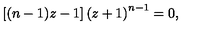
\left[ ( n - 1 ) z - 1 \right] \left( z + 1 \right) ^ { n - 1 } = 0 ,